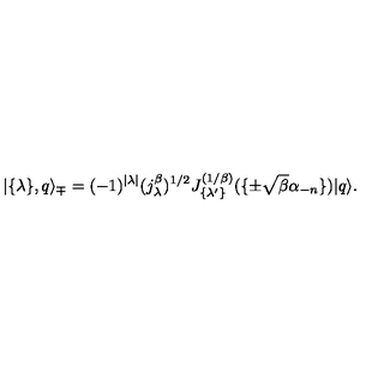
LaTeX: | \{ \lambda \} , q \rangle _ { \mp } = ( - 1 ) ^ { | \lambda | } ( j _ { \lambda } ^ { \beta } ) ^ { 1 / 2 } J _ { \{ \lambda ^ { \prime } \} } ^ { ( 1 / \beta ) } ( \{ \pm \sqrt { \beta } \alpha _ { - n } \} ) | q \rangle .